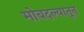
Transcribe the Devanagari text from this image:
मोबदल्यातून